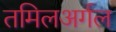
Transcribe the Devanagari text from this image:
तमिलअर्गल